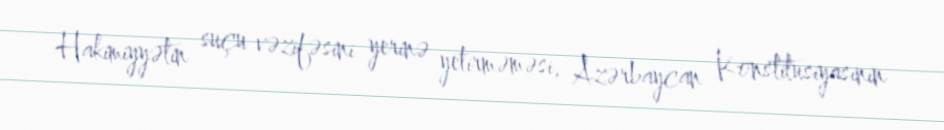
Hakimiyyətin suçu vəzifəsini yerinə yetirməməsi, Azərbaycan Konstitusiyasının